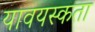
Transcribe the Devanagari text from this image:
यावयस्कता